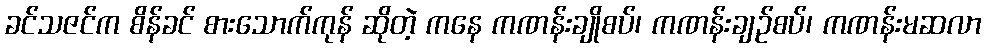
ခင်သဇင်က စိန်ခင် စားသောက်ကုန် ဆိုတဲ့ ကနေ ကဏန်းချိုစပ်၊ ကဏန်းချဉ်စပ်၊ ကဏန်းမဆလာ